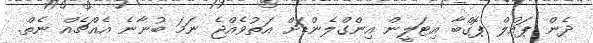
ދެން ޕައުލް ޕޮގްބާ އިޓަލީން އިންގްލެންޑަށް އަތުވެއްޖެ ނަމަ ބުނާނެ އެއްޗެއް ނެތް.